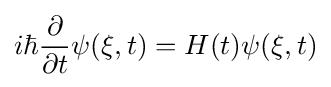
i\hbar {\frac {\partial }{\partial t}}\psi (\mathbf {\xi } ,t)=H(t)\psi (\mathbf {\xi } ,t)